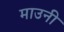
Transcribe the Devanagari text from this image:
माउनी